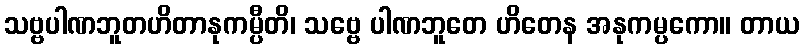
သဗ္ဗပါဏဘူတဟိတာနုကမ္ပီတိ၊ သဗ္ဗေ ပါဏဘူတေ ဟိတေန အနုကမ္ပကော။ တာယ